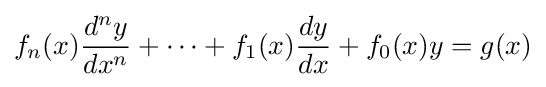
f_{n}(x){\frac {d^{n}y}{dx^{n}}}+\cdots +f_{1}(x){\frac {dy}{dx}}+f_{0}(x)y=g(x)